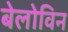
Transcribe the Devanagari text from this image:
बेलोविन